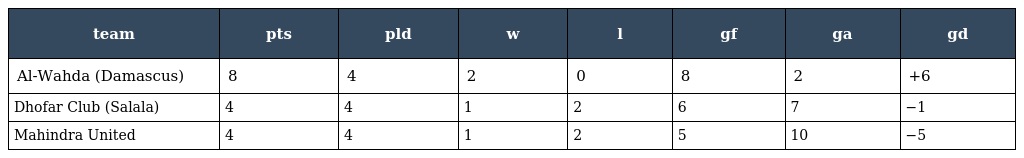
| team | pts | pld | w | l | gf | ga | gd |
 | --- | --- | --- | --- | --- | --- | --- | --- |
 | Al-Wahda (Damascus) | 8 | 4 | 2 | 0 | 8 | 2 | +6 |
 | Dhofar Club (Salala) | 4 | 4 | 1 | 2 | 6 | 7 | −1 |
 | Mahindra United | 4 | 4 | 1 | 2 | 5 | 10 | −5 |